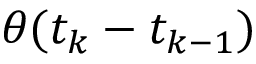
\theta ( t _ { k } - t _ { k - 1 } )